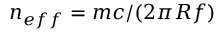
n _ { e f f } = m c / ( 2 \pi R f )